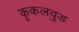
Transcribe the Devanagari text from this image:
कृकलवुड